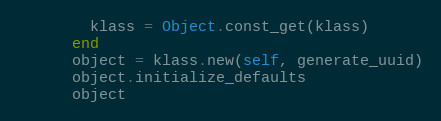
Language: Ruby
        klass = Object.const_get(klass)
      end
      object = klass.new(self, generate_uuid)
      object.initialize_defaults
      object